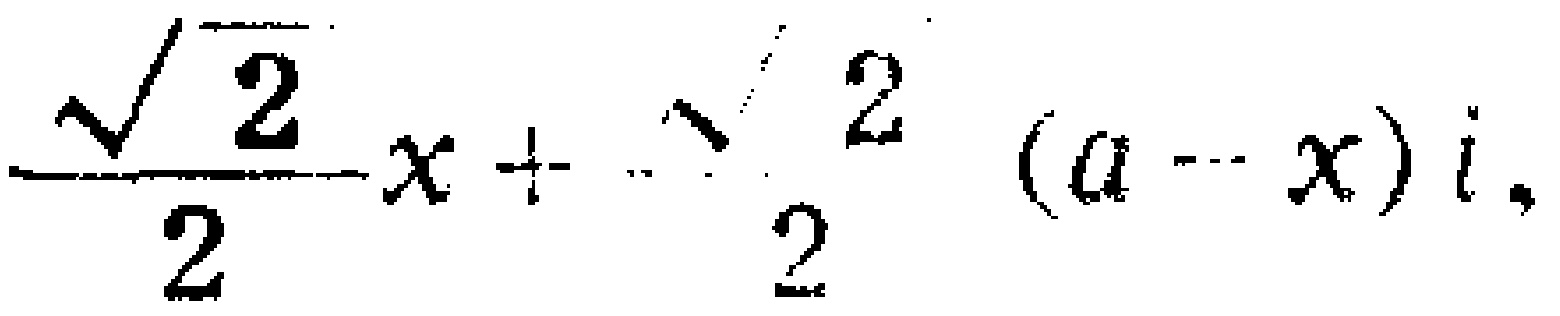
\frac{\sqrt{2}}{2}x+\frac{\sqrt{2}}{2}(a - x)i,